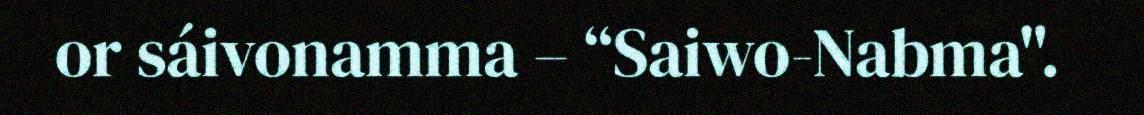
or sáivonamma – “Saiwo-Nabma".